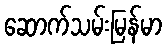
ဆောက်သမ်းမြန်မာ